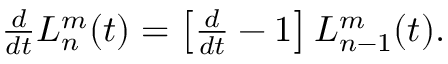
\begin{array} { r } { \frac { d } { d t } L _ { n } ^ { m } ( t ) = \left[ \frac { d } { d t } - 1 \right] L _ { n - 1 } ^ { m } ( t ) . } \end{array}